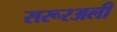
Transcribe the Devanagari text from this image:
सरूरअली